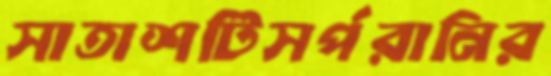
সাতাশটিসর্পরানির